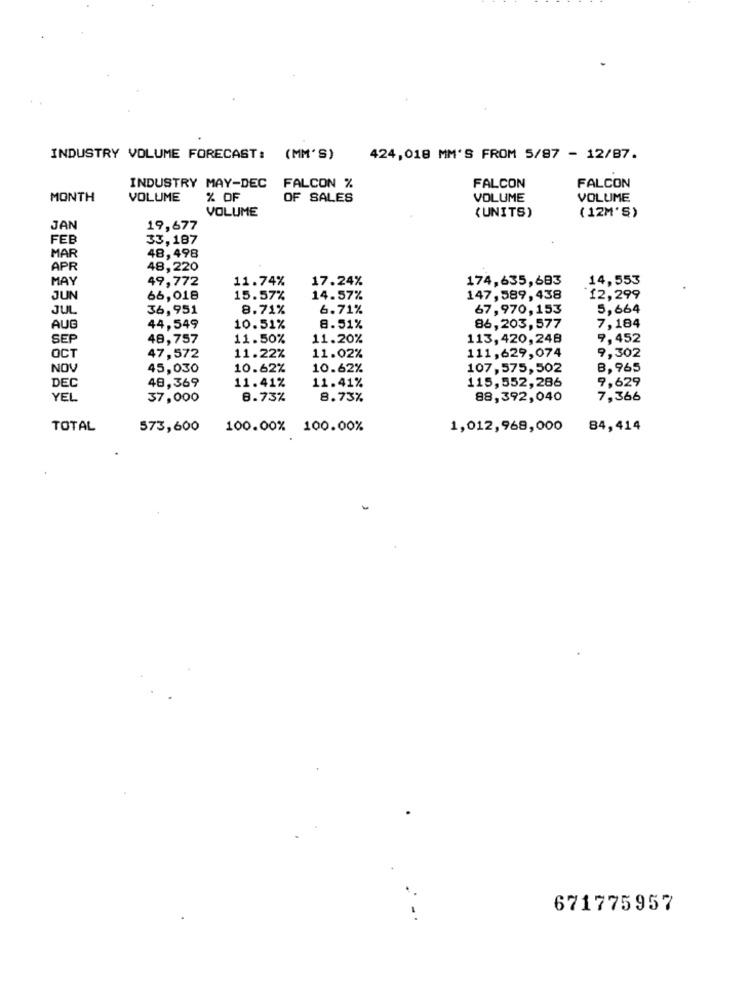
INDUSTRY VOLUME FORECAST:
(MM'S)
424,018 MM'S FROM 5/87 - 12/87.
INDUSTRY MAY-DEC
FALCON %
FALCON
FALCON
MONTH
VOLUME
% OF
OF SALES
VOLUME
VOLUME
VOLUME
(UNITS)
(12M'S)
JAN
19,677
FEB
33,187
MAR
48,498
APR
48,220
MAY
49,772
11.74%
17.24%
174,635,683
14,553
JUN
66,018
15.57%
14.57%
147,589,438
12,299
JUL
36,951
8.71%
6.71%
67,970, 153
5,664
AUG
44,549
10.51%
8.51%
86,203,577
7,184
SEP
48,757
11.50%
11.20%
113, 420,248
9,452
111, 629, 074
9,302
OCT
47,572
11.22%
11.02%
NOV
45,030
10.62%
10.62%
107,575, 502
8,965
DEC
48,369
115,552,286
9,629
11.41%
11.41%
YEL
37,000
8.73%
8.73%
88,392,040
7,366
TOTAL
573,600
100.00% 100.00%
1,012,968,000
84,414
671775957
-.